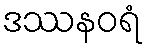
ဒဿနဝရံ